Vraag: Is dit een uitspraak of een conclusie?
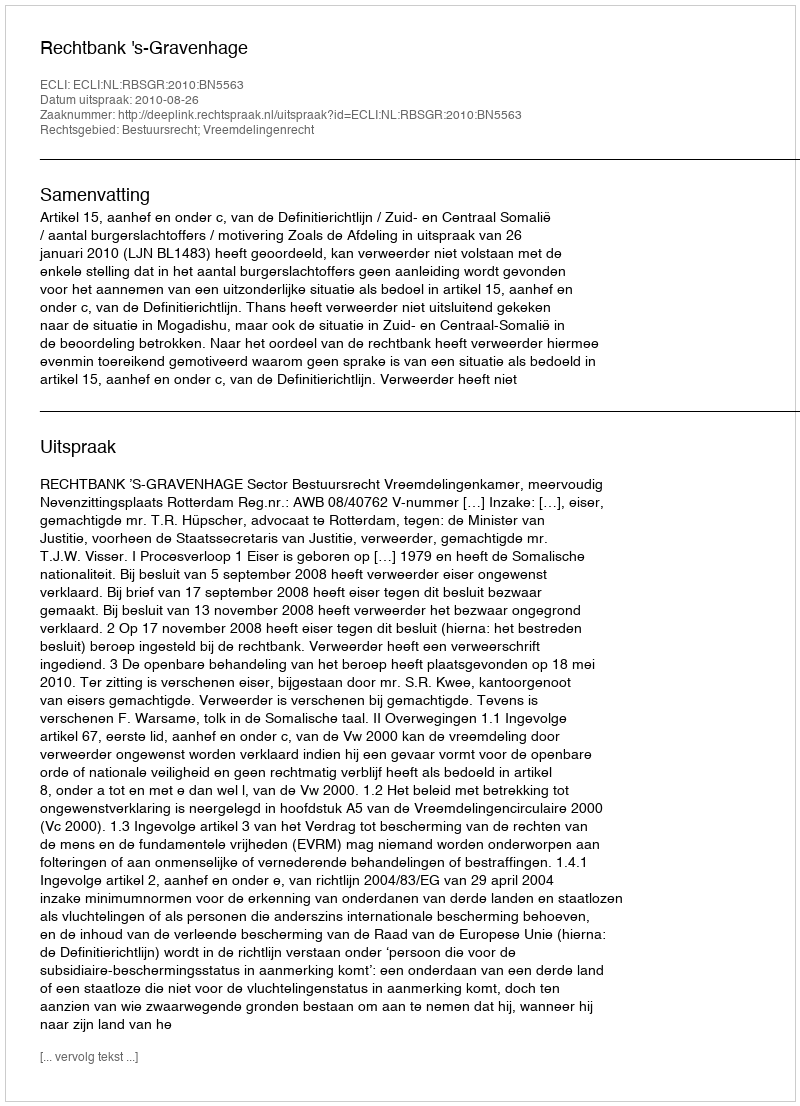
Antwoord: Uitspraak